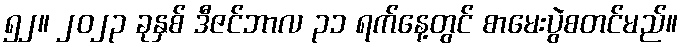
၅၂။ ၂၀၂၃ ခုနှစ် ဒီဇင်ဘာလ ၃၁ ရက်နေ့တွင် စာမေးပွဲစတင်မည်။